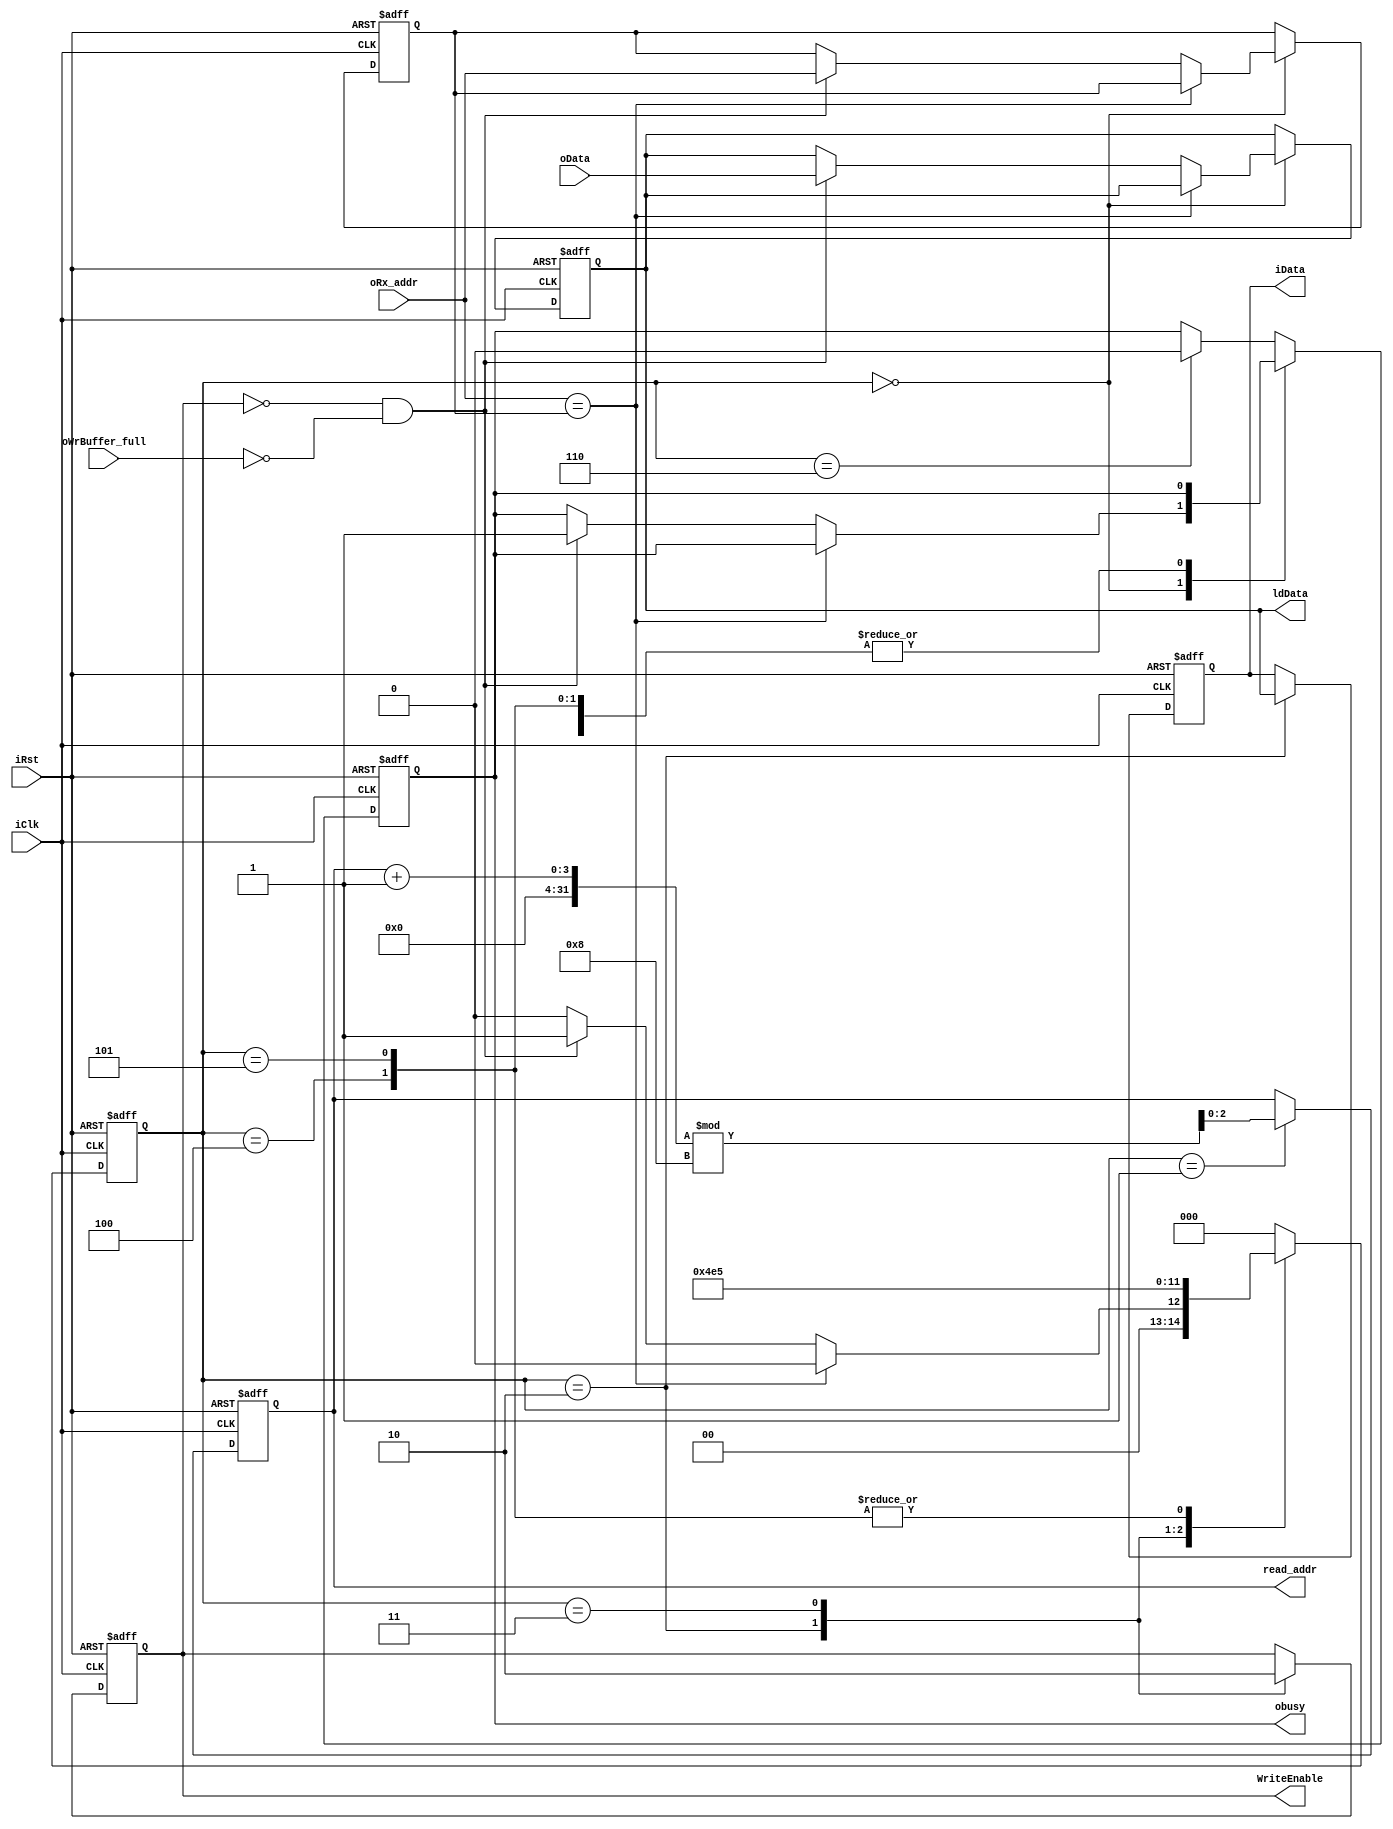
// Generated by MyHDL 0.11


`timescale 1ns/10ps

module updateecho (
    iClk,
    iRst,
    iData,
    WriteEnable,
    ldData,
    oWrBuffer_full,
    obusy,
    oData,
    read_addr,
    oRx_addr
);


input iClk;
input iRst;
output [7:0] iData;
reg [7:0] iData;
output WriteEnable;
reg WriteEnable;
output [7:0] ldData;
reg [7:0] ldData;
input oWrBuffer_full;
output obusy;
reg obusy;
input [7:0] oData;
output [2:0] read_addr;
reg [2:0] read_addr;
input [2:0] oRx_addr;

reg [2:0] lcl_Rx_addr;
wire sig;
reg [2:0] state1;

assign sig = 1'd0;


always @(posedge iClk, negedge iRst) begin: UPDATEECHO_RTL
    if ((iRst == 0)) begin
        iData <= 0;
        ldData <= 0;
        WriteEnable <= 0;
        read_addr <= 0;
        obusy <= 0;
        lcl_Rx_addr <= 0;
        state1 <= 3'b000;
    end
    else begin
        state1 <= 3'b000;
        case (state1)
            3'b000: begin
                if ((oRx_addr == lcl_Rx_addr)) begin
                    state1 <= 3'b000;
                end
                else begin
                    if (((!WriteEnable) && (!oWrBuffer_full))) begin
                        ldData <= oData;
                        lcl_Rx_addr <= oRx_addr;
                        obusy <= 1;
                        state1 <= 3'b001;
                    end
                    else begin
                        state1 <= 3'b000;
                    end
                end
            end
            3'b001: begin
                read_addr <= ((read_addr + 1) % 8);
                state1 <= 3'b010;
            end
            3'b010: begin
                iData <= ldData;
                WriteEnable <= 1;
                state1 <= 3'b011;
            end
            3'b011: begin
                WriteEnable <= 0;
                state1 <= 3'b100;
            end
            3'b100: begin
                state1 <= 3'b101;
            end
            3'b101: begin
                if ((!sig)) begin
                    state1 <= 3'b101;
                end
                else begin
                    state1 <= 3'b110;
                end
            end
            default: begin
                if ((state1 == 3'b110)) begin
                    obusy <= 0;
                    state1 <= 3'b000;
                end
            end
        endcase
    end
end

endmodule